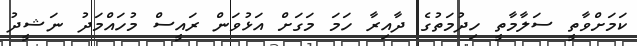
ކަމަށްވާތީ ސަލާމާތީ ހިދުމަތުގެ ދާއިރާ ހަމަ މަގަށް އަޅުވަން ރައީސް މުހައްމަދު ނަޝީދު